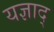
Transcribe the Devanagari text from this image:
यज्ञाद्‌